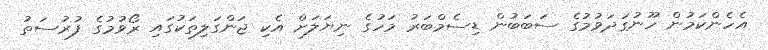
އެހެންކަމުން ހޫނުގަދަވުމުގެ ސަބަބުން ޑިސެމްބަރު މަހުގެ ނިޔަލަށް އެކި ޖަންގަލިތަކުގައި ރޯވުމުގެ ފުރުސަތު